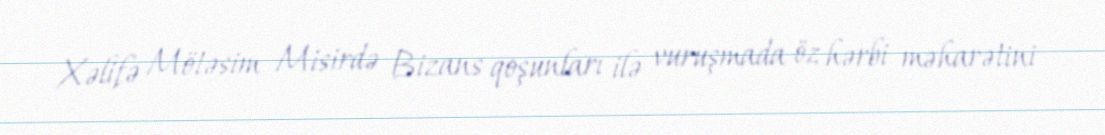
Xəlifə Mötəsim Misirdə Bizans qoşunları ilə vuruşmada öz hərbi məharətini